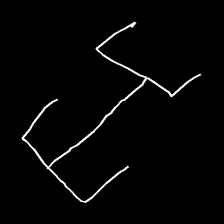
Glyph: entwine